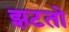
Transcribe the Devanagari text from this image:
झटतो